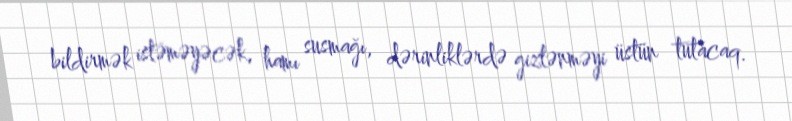
bildirmək istəməyəcək, hamı susmağı, dərinliklərdə gizlənməyi üstün tutacaq.